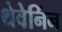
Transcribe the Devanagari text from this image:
थेवेनिंन